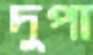
দুপা